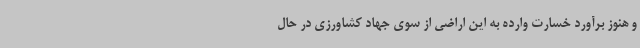
و هنوز برآورد خسارت وارده به این اراضی از سوی جهاد کشاورزی در حال